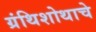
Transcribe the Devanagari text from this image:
ग्रंथिशोथाचे